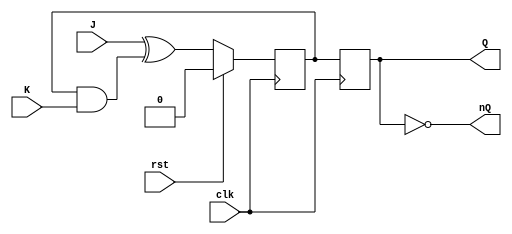
module jk_flipflop (
    input wire J,
    input wire K,
    input wire clk,
    input wire rst,
    output reg Q,
    output reg nQ
);

reg master_q, slave_q;

// Master latch
always @(posedge clk) begin
    if (rst) begin
        master_q <= 1'b0;
    end else begin
        master_q <= J ^ (master_q & K);
    end
end

// Slave latch
always @(negedge clk) begin
    slave_q <= master_q;
end

assign Q = slave_q;
assign nQ = ~slave_q;

endmodule